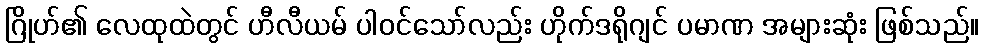
ဂြိုဟ်၏ လေထုထဲတွင် ဟီလီယမ် ပါဝင်သော်လည်း ဟိုက်ဒရိုဂျင် ပမာဏ အများဆုံး ဖြစ်သည်။